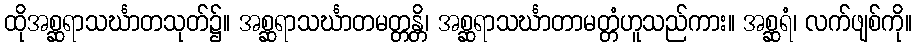
ထိုအစ္ဆရာသင်္ဃာတသုတ်၌။ အစ္ဆရာသင်္ဃာတမတ္တန္တိ၊ အစ္ဆရာသင်္ဃာတာမတ္တံဟူသည်ကား။ အစ္ဆရံ၊ လက်ဖျစ်ကို။